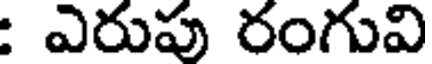
: ఎరుపు రంగువి